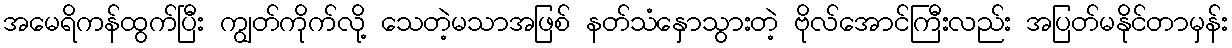
အမေရိကန်ထွက်ပြီး ကျွတ်ကိုက်လို့ သေတဲ့မသာအဖြစ် နတ်သံနှောသွားတဲ့ ဗိုလ်အောင်ကြီးလည်း အပြတ်မနိုင်တာမှန်း